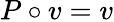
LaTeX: P\circ v=v